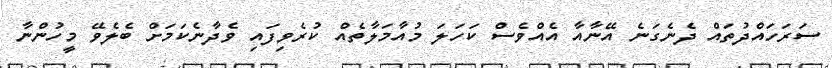
ސަރަހައްދުތައް ދެނެގަނެ އޭނާއާ އެއްވެސް ކަހަލަ މުއާމަލާތެއް ކުރެވިފައި ވެދާނެކަމަށް ބެލެވޭ މީހުންނާ